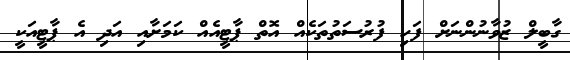
ގާބީލް ޒުވާނުންނަށް ފަހި ފުރުސަތުތަކެއް އޮތް ޕާޓީއެއް ކަމަށާއި އަދި އެ ޕާޓީއަކީ